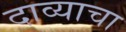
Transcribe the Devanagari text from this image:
दाव्याचा